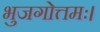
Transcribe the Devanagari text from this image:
भुजगोत्तमः।